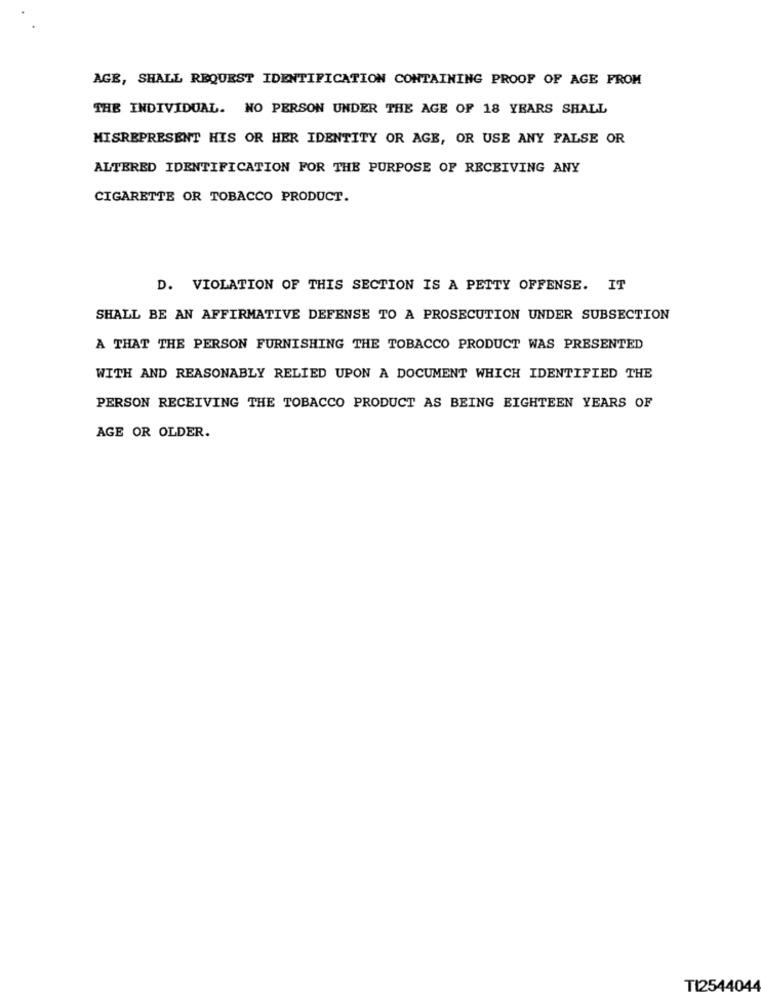
AGE, SHALL REQUEST IDENTIFICATION CONTAINING PROOF OF AGE FROM
THE INDIVIDUAL. NO PERSON UNDER THE AGE OF 18 YEARS SHALL
MISREPRESENT HIS OR HER IDENTITY OR AGE, OR USE ANY FALSE OR
ALTERED IDENTIFICATION FOR THE PURPOSE OF RECEIVING ANY
CIGARETTE OR TOBACCO PRODUCT.
D. VIOLATION OF THIS SECTION IS A PETTY OFFENSE. IT
SHALL BE AN AFFIRMATIVE DEFENSE TO A PROSECUTION UNDER SUBSECTION
A THAT THE PERSON FURNISHING THE TOBACCO PRODUCT WAS PRESENTED
WITH AND REASONABLY RELIED UPON A DOCUMENT WHICH IDENTIFIED THE
PERSON RECEIVING THE TOBACCO PRODUCT AS BEING EIGHTEEN YEARS OF
AGE OR OLDER.
TI2544044